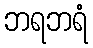
ဘရဘရံ